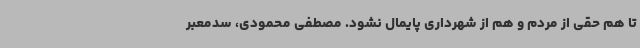
تا هم حقی از مردم و هم از شهرداری پایمال نشود. مصطفی محمودی، سدمعبر